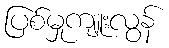
ပြစ်မှုကျူးလွန်